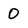
Character: 0